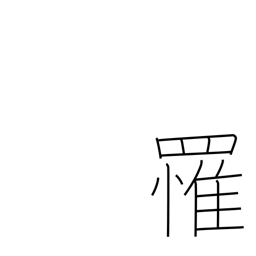
Meaning: catch